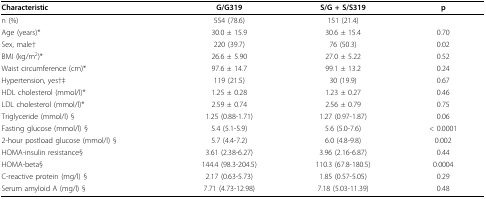
<table><thead><tr><td><b>Characteristic</b></td><td><b>G/G319</b></td><td><b>S/G + S/S319</b></td><td><b>p</b></td></tr></thead><tbody><tr><td>n (%)</td><td>554 (78.6)</td><td>151 (21.4)</td><td></td></tr><tr><td>Age (years)*</td><td>30.0 ± 15.9</td><td>30.6 ± 15.4</td><td>0.70</td></tr><tr><td>Sex, male†</td><td>220 (39.7)</td><td>76 (50.3)</td><td>0.02</td></tr><tr><td>BMI (kg/m<sup>2</sup>)*</td><td>26.6 ± 5.90</td><td>27.0 ± 5.22</td><td>0.52</td></tr><tr><td>Waist circumference (cm)*</td><td>97.6 ± 14.7</td><td>99.1 ± 13.2</td><td>0.24</td></tr><tr><td>Hypertension, yes†‡</td><td>119 (21.5)</td><td>30 (19.9)</td><td>0.67</td></tr><tr><td>HDL cholesterol (mmol/l)*</td><td>1.25 ± 0.28</td><td>1.23 ± 0.27</td><td>0.46</td></tr><tr><td>LDL cholesterol (mmol/l)*</td><td>2.59 ± 0.74</td><td>2.56 ± 0.79</td><td>0.75</td></tr><tr><td>Triglyceride (mmol/l) §</td><td>1.25 (0.88-1.71)</td><td>1.27 (0.97-1.87)</td><td>0.06</td></tr><tr><td>Fasting glucose (mmol/l) §</td><td>5.4 (5.1-5.9)</td><td>5.6 (5.0-7.6)</td><td>&lt; 0.0001</td></tr><tr><td>2-hour postload glucose (mmol/l) §</td><td>5.7 (4.4-7.2)</td><td>6.0 (4.8-9.8)</td><td>0.002</td></tr><tr><td>HOMA-insulin resistance§</td><td>3.61 (2.38-6.27)</td><td>3.96 (2.16-6.87)</td><td>0.44</td></tr><tr><td>HOMA-beta§</td><td>144.4 (98.3-204.5)</td><td>110.3 (67.8-180.5)</td><td>0.0004</td></tr><tr><td>C-reactive protein (mg/l) §</td><td>2.17 (0.63-5.73)</td><td>1.85 (0.57-5.05)</td><td>0.29</td></tr><tr><td>Serum amyloid A (mg/l) §</td><td>7.71 (4.73-12.98)</td><td>7.18 (5.03-11.39)</td><td>0.48</td></tr></tbody></table>